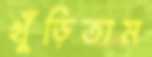
খুঁড়িতাম